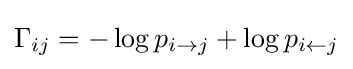
\Gamma _{ij}=-\log p_{i\rightarrow j}+\log p_{i\leftarrow j}